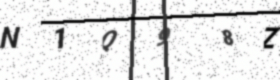
Text: N1Q98Z